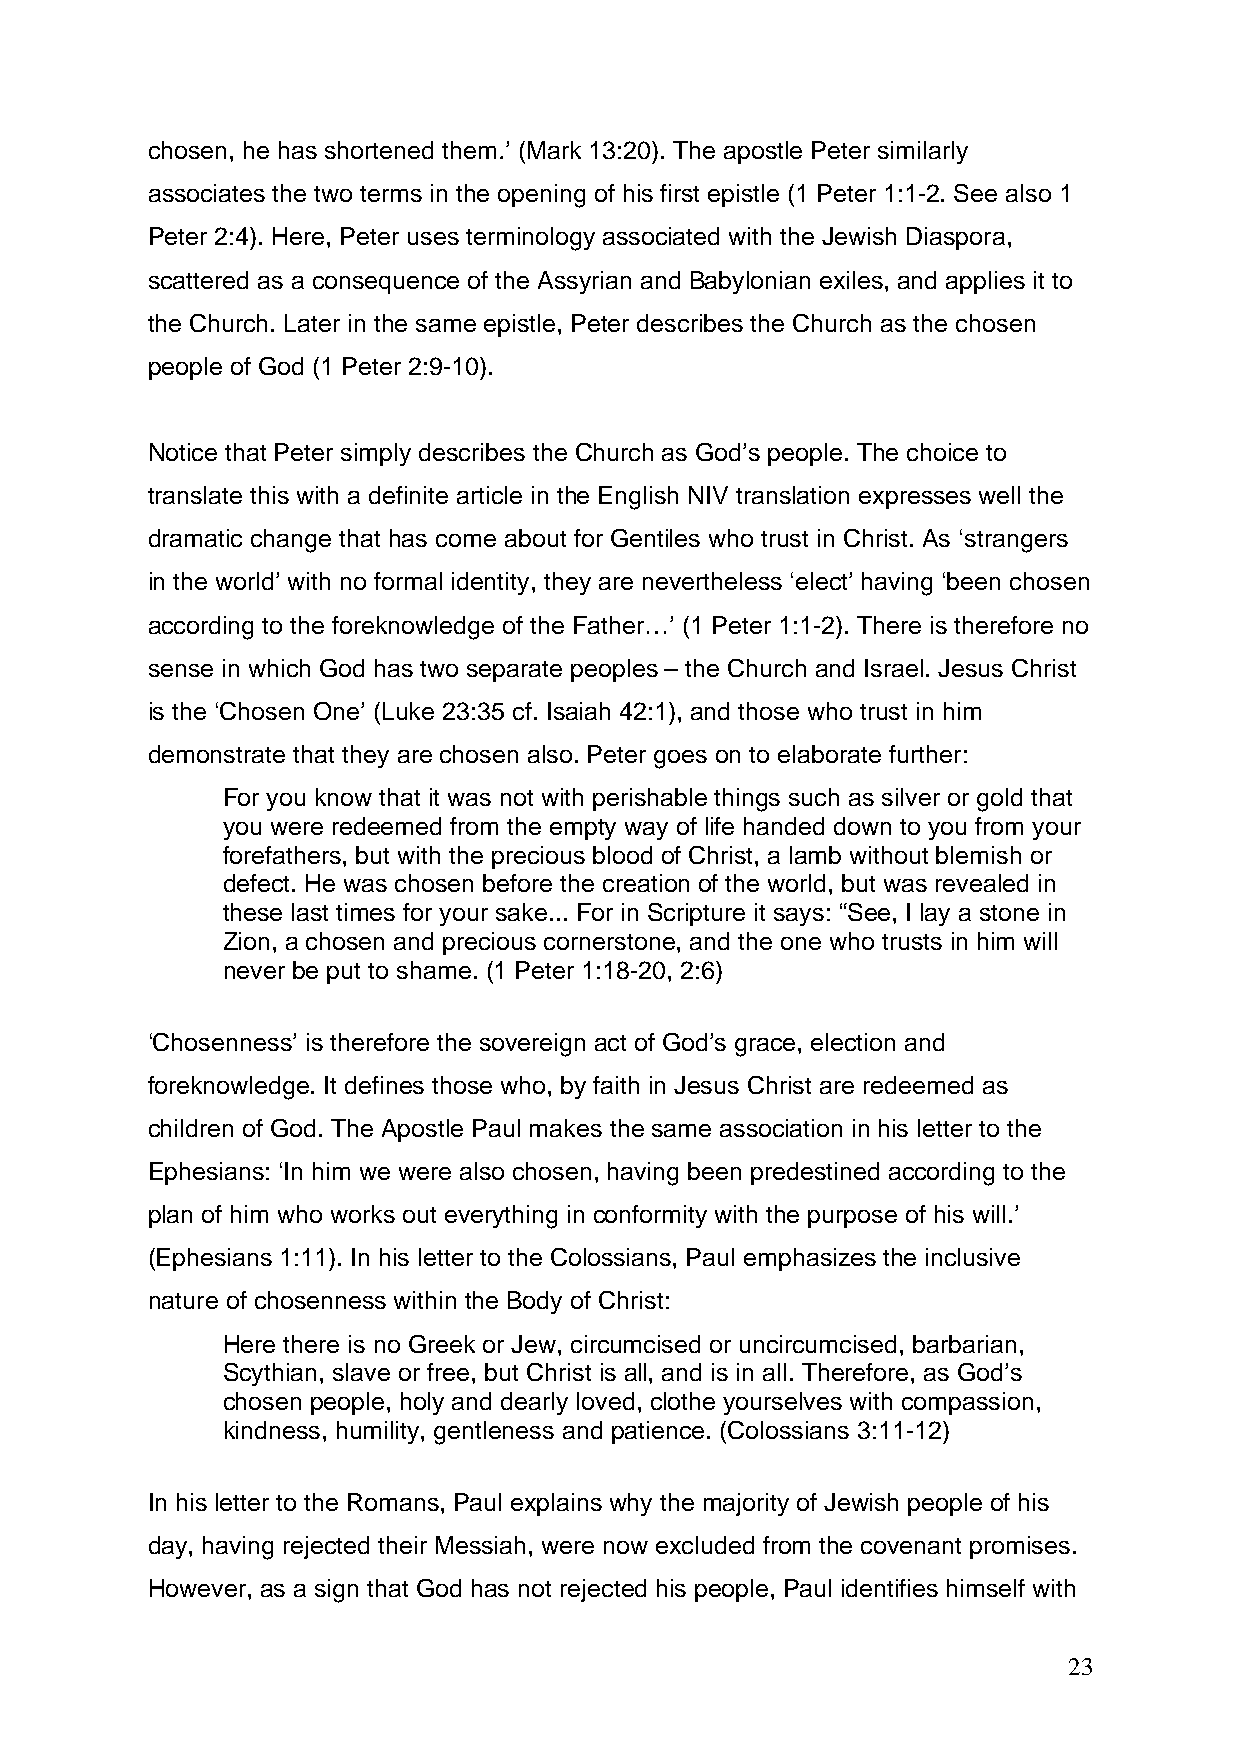
chosen, he has shortened them.’ (Mark 13:20). The apostle Peter similarly
 associates the two terms in the opening of his first epistle (1 Peter 1:1-2. See also 1
 Peter 2:4). Here, Peter uses terminology associated with the Jewish Diaspora,
 scattered as a consequence of the Assyrian and Babylonian exiles, and applies it to
 the Church. Later in the same epistle, Peter describes the Church as the chosen
 people of God (1 Peter 2:9-10).
 Notice that Peter simply describes the Church as God’s people. The choice to
 translate this with a definite article in the English NIV translation expresses well the
 dramatic change that has come about for Gentiles who trust in Christ. As ‘strangers
 in the world’ with no formal identity, they are nevertheless ‘elect’ having ‘been chosen
 according to the foreknowledge of the Father…’ (1 Peter 1:1-2). There is therefore no
 sense in which God has two separate peoples – the Church and Israel. Jesus Christ
 is the ‘Chosen One’ (Luke 23:35 cf. Isaiah 42:1), and those who trust in him
 demonstrate that they are chosen also. Peter goes on to elaborate further:
 For you know that it was not with perishable things such as silver or gold that
 you were redeemed from the empty way of life handed down to you from your
 forefathers, but with the precious blood of Christ, a lamb without blemish or
 defect. He was chosen before the creation of the world, but was revealed in
 these last times for your sake... For in Scripture it says: “See, I lay a stone in
 Zion, a chosen and precious cornerstone, and the one who trusts in him will
 never be put to shame. (1 Peter 1:18-20, 2:6)
 ‘Chosenness’ is therefore the sovereign act of God’s grace, election and
 foreknowledge. It defines those who, by faith in Jesus Christ are redeemed as
 children of God. The Apostle Paul makes the same association in his letter to the
 Ephesians: ‘In him we were also chosen, having been predestined according to the
 plan of him who works out everything in conformity with the purpose of his will.’
 (Ephesians 1:11). In his letter to the Colossians, Paul emphasizes the inclusive
 nature of chosenness within the Body of Christ:
 Here there is no Greek or Jew, circumcised or uncircumcised, barbarian,
 Scythian, slave or free, but Christ is all, and is in all. Therefore, as God’s
 chosen people, holy and dearly loved, clothe yourselves with compassion,
 kindness, humility, gentleness and patience. (Colossians 3:11-12)
 In his letter to the Romans, Paul explains why the majority of Jewish people of his
 day, having rejected their Messiah, were now excluded from the covenant promises.
 However, as a sign that God has not rejected his people, Paul identifies himself with
 23